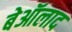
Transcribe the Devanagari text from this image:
बेऑलाद